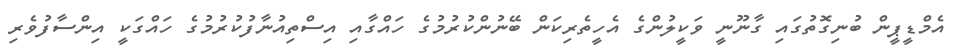
އެމްޑީޕީން ބުނިގޮތުގައި ގާނޫނީ ވަކީލުންގެ އެހީތެރިކަން ބޭނުންކުރުމުގެ ހައްގާއި އިސްތިއުނާފުކުރުމުގެ ހައްގަކީ އިންސާފުވެރި